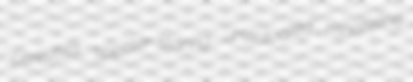
cereuses specter-staring unvictualed manteline